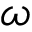
\omega